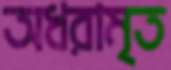
অধরামৃত